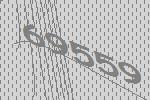
69559